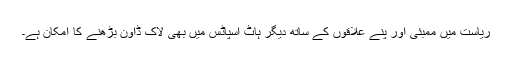
ریاست میں ممبئی اور پنے علاقوں کے ساتھ دیگر ہاٹ اسپاٹس میں بھی لاک ڈاون بڑھنے کا امکان ہے۔